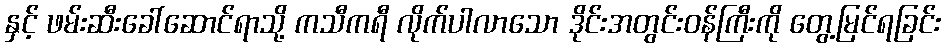
နှင့် ဖမ်းဆီးခေါ်ဆောင်ရာသို့ ကသီကရီ လိုက်ပါလာသော ဒိုင်းအတွင်းဝန်ကြီးကို တွေ့မြင်ရခြင်း